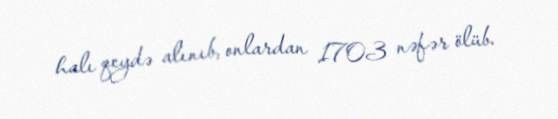
halı qeydə alınıb, onlardan 1703 nəfər ölüb.